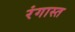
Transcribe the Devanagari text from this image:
रंगास्त